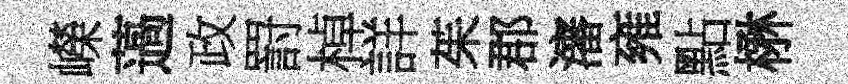
嶸薖政罸棹詳茱郡瀋雍點楙